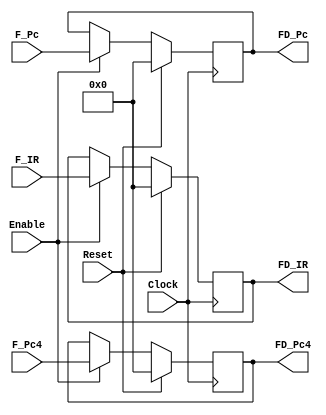
`timescale 1ns / 1ps

// FD
module FD_PIPE(Clock,Reset,Enable,
					F_IR,F_Pc4,F_Pc,
					FD_IR,FD_Pc4,FD_Pc);
	input Clock,Reset,Enable;
	input [31:0] F_IR;
	input [31:0] F_Pc4;
	input [31:0] F_Pc;
	output reg [31:0] FD_IR;
	output reg [31:0] FD_Pc4;
	output reg [31:0] FD_Pc;
	
	// 
	initial begin
		FD_IR = 0 ;
		FD_Pc4 = 0;
		FD_Pc = 0;
	end
	
	// 
	always @(posedge Clock)begin
		if(Reset)begin
			FD_IR <= 0 ;
			FD_Pc4 <= 0;
			FD_Pc <= 0;
		end
		else begin
			if(Enable)begin
				FD_IR <= F_IR;
				FD_Pc4 <= F_Pc4;
				FD_Pc <= F_Pc;
			end
		end
	end
	
endmodule

// DE
module DE_PIPE(Clock,Reset,Enable,
					D_IR,D_RD1,D_RD2,D_Ext,D_Pc4,D_Pc,
					DE_IR,DE_RD1,DE_RD2,DE_Ext,DE_Pc4,DE_Pc);
	input Clock,Reset,Enable;
	input [31:0] D_IR;
	input [31:0] D_RD1;
	input [31:0] D_RD2;
	input [31:0] D_Ext;
	input [31:0] D_Pc4;
	input [31:0] D_Pc;
	output reg [31:0] DE_IR;
	output reg [31:0] DE_RD1;
	output reg [31:0] DE_RD2;
	output reg [31:0] DE_Ext;
	output reg [31:0] DE_Pc4;
	output reg [31:0] DE_Pc;
	
	// 
	initial begin
		DE_IR = 0;
		DE_RD1 = 0;
		DE_RD2 = 0;
		DE_Ext = 0;
		DE_Pc4 = 0;
		DE_Pc = 0;
	end
	
	// 
	always @(posedge Clock)begin
		if(Reset)begin
			DE_IR <= 0;
			DE_RD1 <= 0;
			DE_RD2 <= 0;
			DE_Ext <= 0;
			DE_Pc4 <= 0;
			DE_Pc <= 0;
		end
		else begin
			if(Enable)begin
				DE_IR <= D_IR;
				DE_RD1 <= D_RD1;
				DE_RD2 <= D_RD2;
				DE_Ext <= D_Ext;
				DE_Pc4 <= D_Pc4;
				DE_Pc <= D_Pc;
			end
		end
	end
	
endmodule

// EM
module EM_PIPE(Clock,Reset,Enable,
					E_IR,E_RD2,E_ALU,E_Pc,
					EM_IR,EM_RD2,EM_ALU,EM_Pc);
	input Clock,Reset,Enable;
	input [31:0] E_IR;
	input [31:0] E_RD2;
	input [31:0] E_ALU;
	input [31:0] E_Pc;
	output reg [31:0] EM_IR;
	output reg [31:0] EM_RD2;
	output reg [31:0] EM_ALU;
	output reg [31:0] EM_Pc;
	
	// 
	initial begin
		EM_IR = 0;
		EM_RD2 = 0;
		EM_ALU = 0;
		EM_Pc = 0;
	end
	
	// 
	always @(posedge Clock)begin
		if(Reset)begin
			EM_IR <= 0;
			EM_RD2 <= 0;
			EM_ALU <= 0;
			EM_Pc <= 0;
		end
		else begin
			if(Enable)begin
				EM_IR <= E_IR;
				EM_RD2 <= E_RD2;
				EM_ALU <= E_ALU;
				EM_Pc <= E_Pc;
			end
		end
	end

endmodule

// ME
module MW_PIPE(Clock,Reset,Enable,
					M_IR,M_ALU,M_MD,M_Pc,
					MW_IR,MW_ALU,MW_MD,MW_Pc);
	input Clock,Reset,Enable;
	input [31:0] M_IR;
	input [31:0] M_ALU;
	input [31:0] M_MD;
	input [31:0] M_Pc;
	output reg [31:0] MW_IR;
	output reg [31:0] MW_ALU;
	output reg [31:0] MW_MD;
	output reg [31:0] MW_Pc;
	
	// 
	initial begin
		MW_IR = 0;
		MW_ALU = 0;
		MW_MD = 0;
		MW_Pc = 0;
	end	
	
	// 
	always @(posedge Clock)begin
		if(Reset)begin
			MW_IR <= 0;
			MW_ALU <= 0;
			MW_MD <= 0;		
			MW_Pc <= 0;
		end
		else begin
			if(Enable)begin
				MW_IR <= M_IR;
				MW_ALU <= M_ALU;
				MW_MD <= M_MD;
				MW_Pc <= M_Pc;
			end
		end
	end
	
endmodule